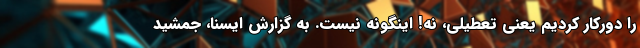
را دورکار کردیم یعنی تعطیلی، نه! اینگونه نیست. به گزارش ایسنا، جمشید